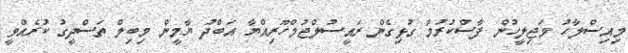
މިއިސްލާހު މަޖިލީހުން ފާސްކުރުމާ ގުޅިގެން ރައީސުލްޖުމްހޫރިއްޔާ އަބްދު ޔާމީން މިބިލް ތަސްދީގު ކުރެއްވީ